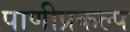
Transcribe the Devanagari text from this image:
पाणीप्रकल्प